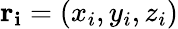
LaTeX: \mathbf{r_{i}}=(x_{i},y_{i},z_{i})